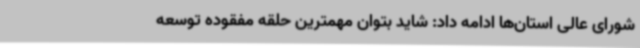
شورای عالی استان‌ها ادامه داد: شاید بتوان مهمترین حلقه مفقوده توسعه